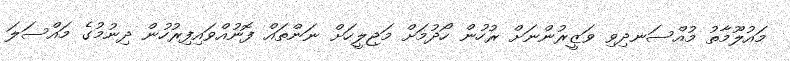
މައުލޫމާތު މުއްސަނދިވި ވަޒީރުންނަށް ރުހުން ހޯދުމަށް މަޖިލީހަށް ނަންތައް ފޮނުއްވައިފިރުހުން ދިނުމުގެ މައްސަލަ